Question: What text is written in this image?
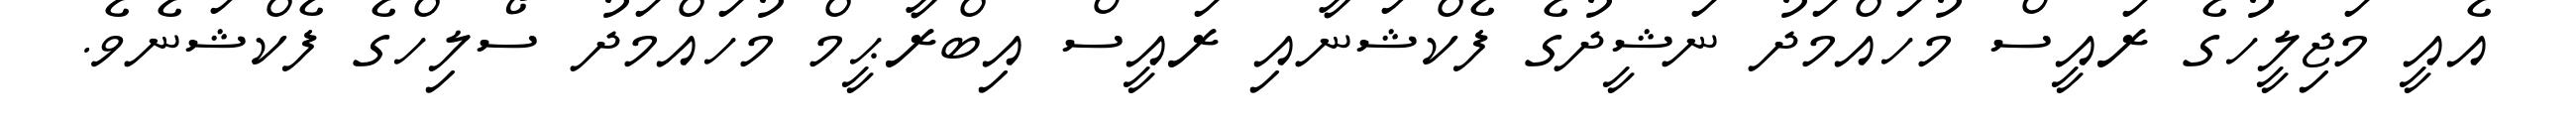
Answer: އެއީ މަޖިލީހުގެ ރައީސް މުހައްމަދު ނަޝީދުގެ ފެކްޝަނާއި ރައީސް އިބްރާޙީމް މުހައްމަދު ސޯލިހްގެ ފެކްޝަނެވެ.